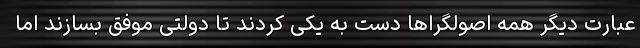
عبارت دیگر همه اصولگراها دست به یکی کردند تا دولتی موفق بسازند اما